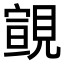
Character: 𧡢